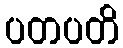
ပတပတိ